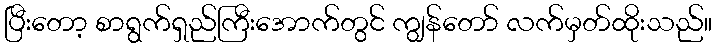
ပြီးတော့ စာရွက်ရှည်ကြီးအောက်တွင် ကျွန်တော် လက်မှတ်ထိုးသည်။